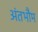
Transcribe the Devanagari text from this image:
अंतभौम